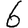
Digit: 6